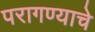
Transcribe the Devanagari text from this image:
परागण्याचे